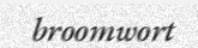
broomwort